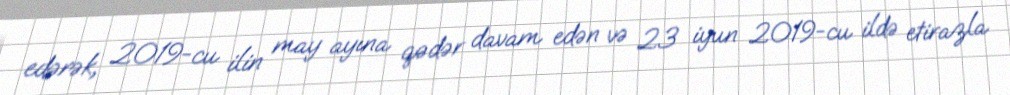
edərək, 2019-cu ilin may ayına qədər davam edən və 23 iyun 2019-cu ildə etirazla